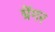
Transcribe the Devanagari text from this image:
ग्रेंगर